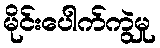
မိုင်းပေါက်ကွဲမှု